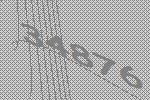
34876